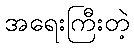
အရေးကြီးတဲ့